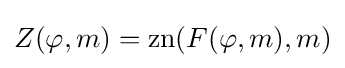
Z(\varphi ,m)=\operatorname {zn} (F(\varphi ,m),m)